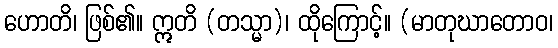
ဟောတိ၊ ဖြစ်၏။ ဣတိ (တသ္မာ)၊ ထိုကြောင့်။ (မာတုဃာတောဝ၊